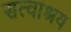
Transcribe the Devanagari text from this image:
सत्वाश्रय